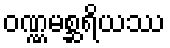
ဝဏ္ဏမစ္ဆရိယဿ